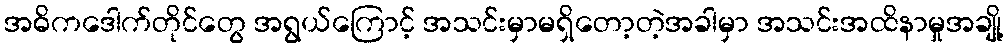
အဓိကဒေါက်တိုင်တွေ အရွယ်ကြောင့် အသင်းမှာမရှိတော့တဲ့အခါမှာ အသင်းအထိနာမှုအချို့